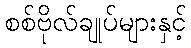
စစ်ဗိုလ်ချုပ်များနှင့်